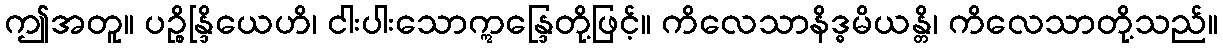
ဤအတူ။ ပဉ္စိန္ဒြိယေဟိ၊ ငါးပါးသောဣန္ဒြေတို့ဖြင့်။ ကိလေသာနိဒ္ဓမိယန္တိ၊ ကိလေသာတို့သည်။